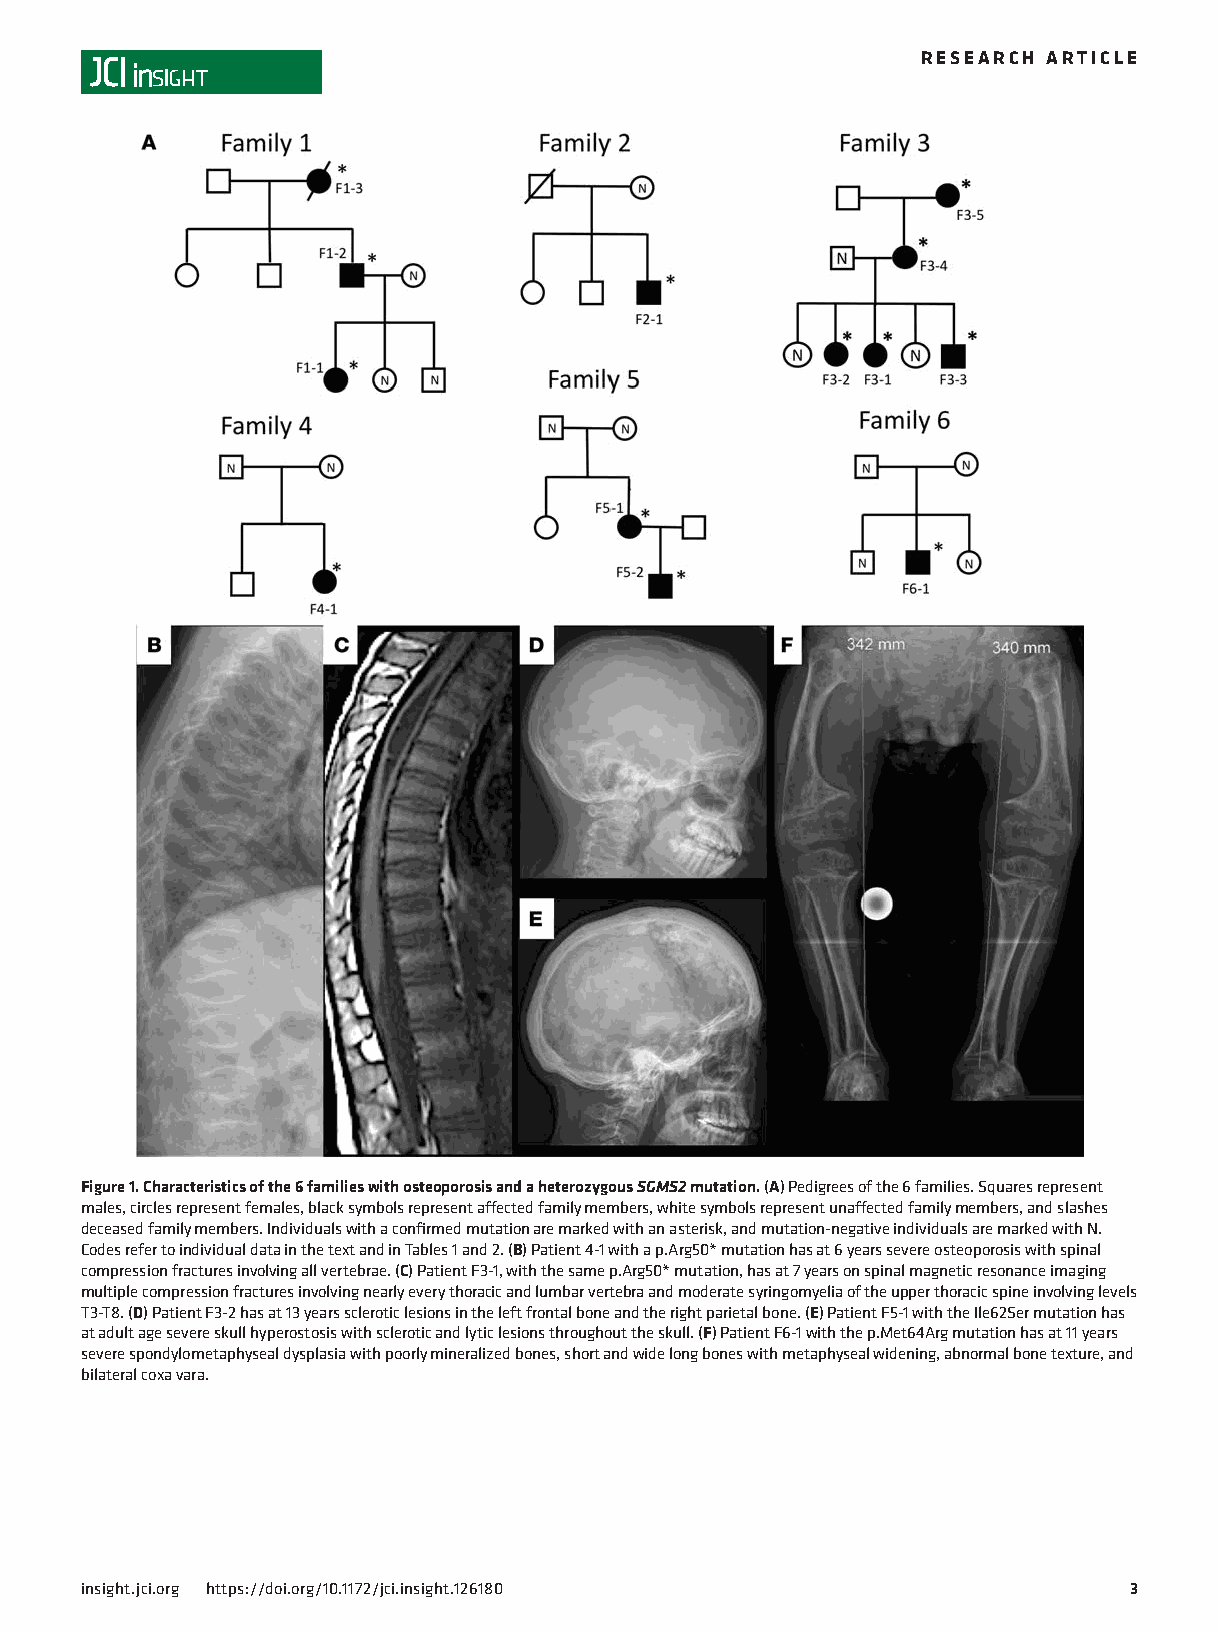
RESEARCH ARTICLE
 Figure 1. Characteristics of the 6 families with osteoporosis and a heterozygous SGMS2 mutation. (A) Pedigrees of the 6 families. Squares represent
 males, circles represent females, black symbols represent affected family members, white symbols represent unaffected family members, and slashes
 deceased family members. Individuals with a confirmed mutation are marked with an asterisk, and mutation-negative individuals are marked with N.
 Codes refer to individual data in the text and in Tables 1 and 2. (B) Patient 4-1 with a p.Arg50* mutation has at 6 years severe osteoporosis with spinal
 compression fractures involving all vertebrae. (C) Patient F3-1, with the same p.Arg50* mutation, has at 7 years on spinal magnetic resonance imaging
 multiple compression fractures involving nearly every thoracic and lumbar vertebra and moderate syringomyelia of the upper thoracic spine involving levels
 T3-T8. (D) Patient F3-2 has at 13 years sclerotic lesions in the left frontal bone and the right parietal bone. (E) Patient F5-1 with the Ile62Ser mutation has
 at adult age severe skull hyperostosis with sclerotic and lytic lesions throughout the skull. (F) Patient F6-1 with the p.Met64Arg mutation has at 11 years
 severe spondylometaphyseal dysplasia with poorly mineralized bones, short and wide long bones with metaphyseal widening, abnormal bone texture, and
 bilateral coxa vara.
 insight.jci.org https://doi.org/10.1172/jci.insight.126180            3